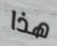
هذا